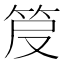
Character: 𥬖